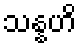
သန္နဟိ